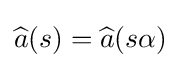
{\widehat {a}}(s)={\widehat {a}}(s\alpha )